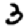
Digit: 3